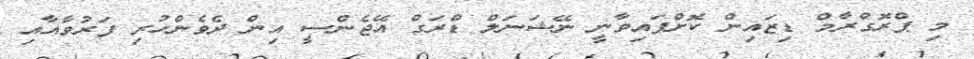
މި ޕްރޮގްރާމް ޑިޒައިން ކޮށްފައިވާނީ ނޭޝަނަލް ޑްރަގް އޭޖެންސީ އިން ދެވެންހުރި ފަރުވާއާއި